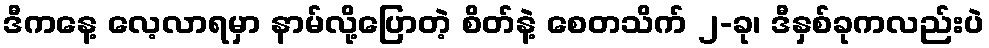
ဒီကနေ့ လေ့လာရမှာ နာမ်လို့ပြောတဲ့ စိတ်နဲ့ စေတသိက် ၂-ခု၊ ဒီနှစ်ခုကလည်းပဲ